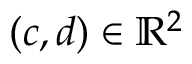
( c , d ) \in \mathbb { R } ^ { 2 }